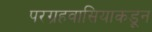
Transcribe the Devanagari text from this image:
परग्रहवासियाकडून